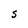
Character: S